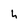
Character: h